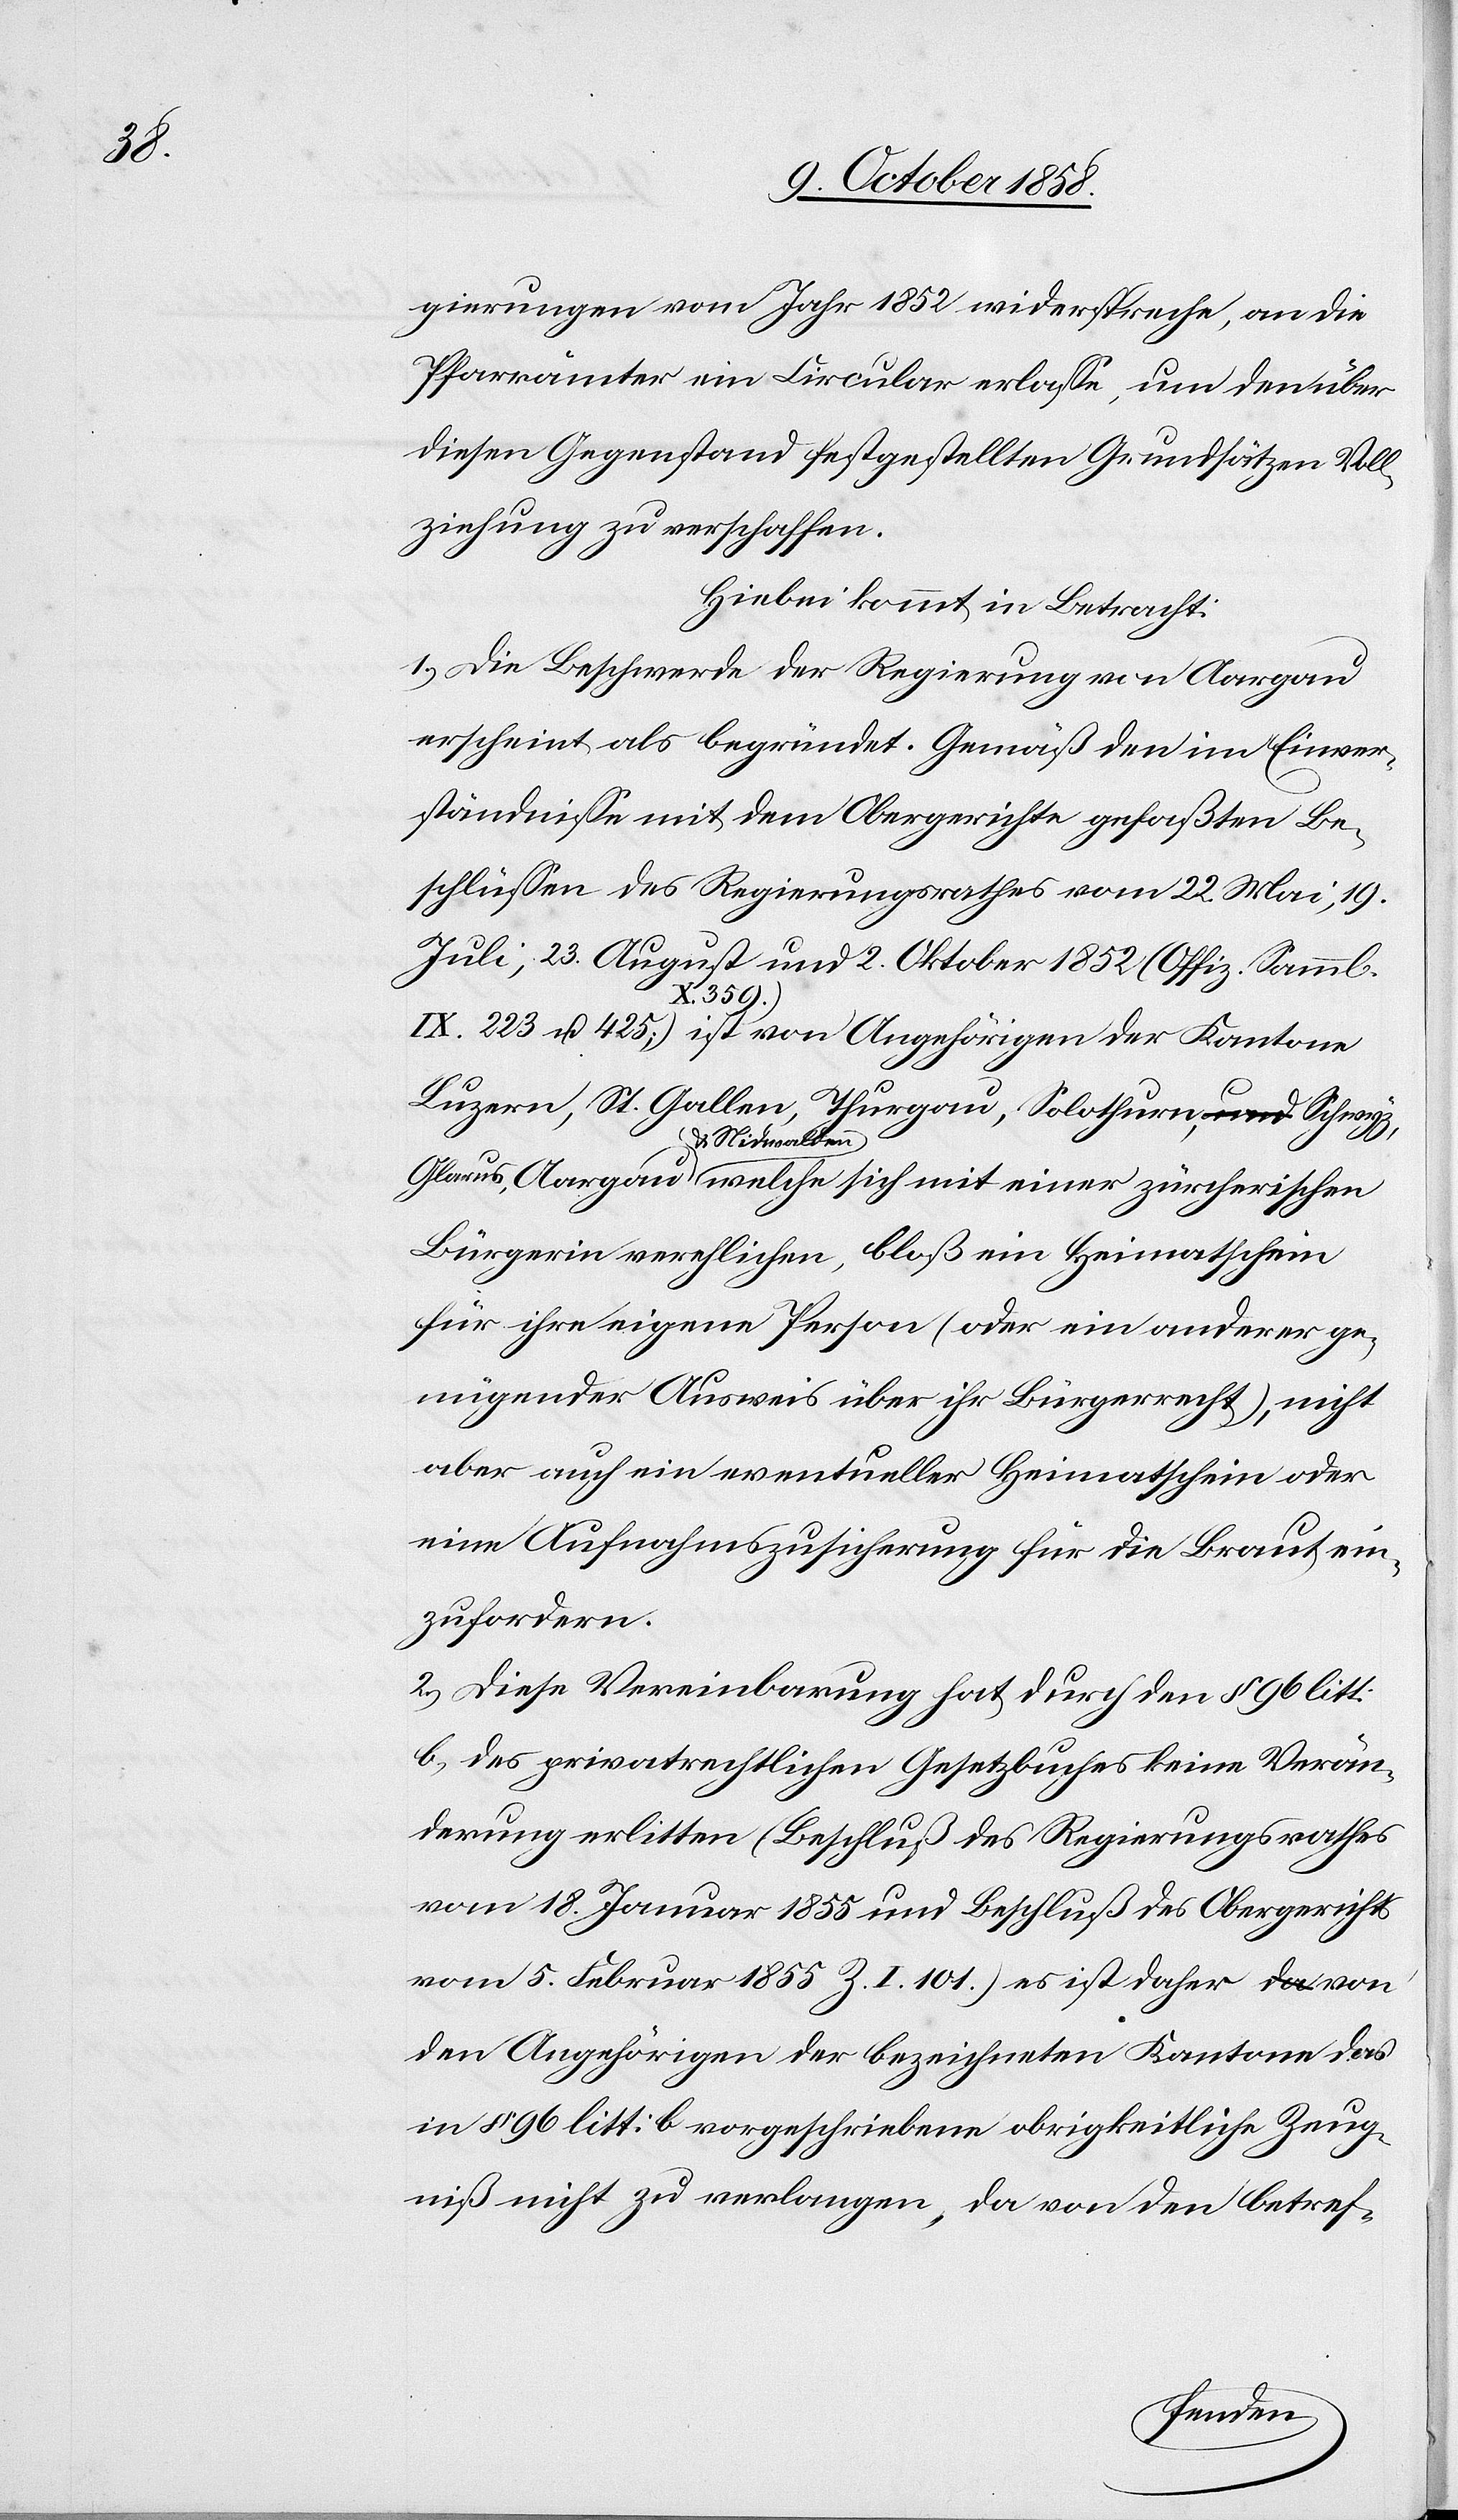
gierungen vom Jahr 1852 widerspreche, an die
Pfarrämter ein Circular erlasse, um den über
diesen Gegenstand festgestellten Grundsätzen Voll¬
ziehung zu verschaffen.
Hiebei kommt in Betracht:
1.) Die Beschwerde der Regierung von Aargau
erscheint als begründet. Gemäß den im Einver¬
ständnisse mit dem Obergerichte gefaßten Be¬
schlüssen des Regierungsrathes vom 22. Mai, 19.
Juli, 23. August und 2. Oktober 1852 (Offiz. Samml.
u. 425; X. 359.) ist von Angehörigen der Kantone
Luzern, St. Gallen, Thurgau, Solothurn, Schwyz,
& Nidwalden
Bürgerin verehlichen, bloß ein Heimatschein
für ihre eigene Person (oder ein anderer ge¬
nügender Ausweis über ihr Bürgerrecht), nicht
aber auch ein eventueller Heimatschein oder
eine Aufnahmszusicherung für die Braut ein¬
zufordern.
2.) Diese Vereinbarung hat durch den § 96 litt:
b) des privatrechtlichen Gesetzbuches keine Verän¬
derung erlitten (Beschluß des Regierungsrathes
vom 18. Januar 1855 und Beschluß des Obergerichts
vom 5. Februar 1855 Z. I. 101.) es ist daher von
den Angehörigen der bezeichneten Kantone das
in § 96 litt: b vorgeschriebene obrigkeitliche Zeug¬
niß nicht zu verlangen, da von den betref-
223